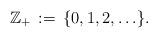
LaTeX: \begin{align*} \mathbb{Z}_+ \,:=\, \{0,1,2,\ldots\}.\end{align*}